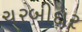
ચરબીદાર